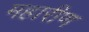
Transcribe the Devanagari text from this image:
महारीण